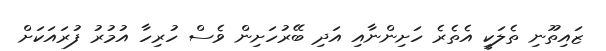
ޒައިތޫނި ތެލަކީ އެތެރެ ހަށިންނާއި އަދި ބޭރުހަށިން ވެސް ހުރިހާ އުމުރު ފުރައަކަށް